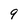
Character: 9